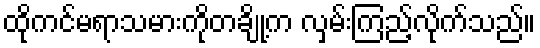
ထိုကင်မရာသမားကိုတချို့က လှမ်းကြည့်လိုက်သည်။